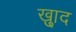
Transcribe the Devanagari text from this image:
ख़्ुाद